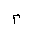
Letter: _mim